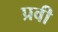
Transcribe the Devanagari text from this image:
प्रवी